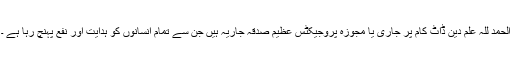
الحمد للہ علم دین ڈاٹ کام پر جاری یا مجوزہ پروجیکٹس عظیم صدقہ جاریہ ہیں جن سے تمام انسانوں کو ہدایت اور نفع پہنچ رہا ہے ۔